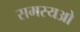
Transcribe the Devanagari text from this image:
समस्यओ